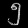
Digit: ၅